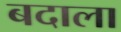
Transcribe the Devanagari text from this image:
बदाला